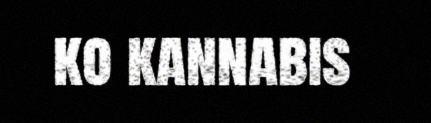
ko kannabis